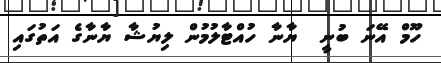
ހޫމް އޭނަ ބުނީ  ޔާނާ ހުއްޓާލުމުން ލިޔުޝާ ޔާނާގެ އަތުގައި